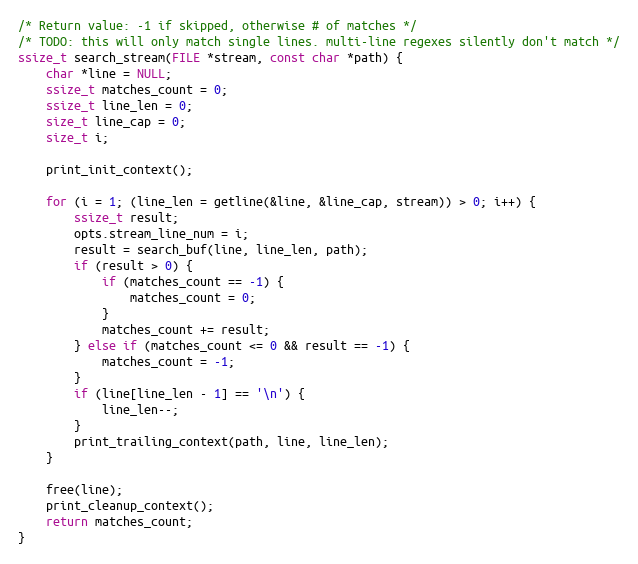
Language: C
/* Return value: -1 if skipped, otherwise # of matches */
/* TODO: this will only match single lines. multi-line regexes silently don't match */
ssize_t search_stream(FILE *stream, const char *path) {
    char *line = NULL;
    ssize_t matches_count = 0;
    ssize_t line_len = 0;
    size_t line_cap = 0;
    size_t i;

    print_init_context();

    for (i = 1; (line_len = getline(&line, &line_cap, stream)) > 0; i++) {
        ssize_t result;
        opts.stream_line_num = i;
        result = search_buf(line, line_len, path);
        if (result > 0) {
            if (matches_count == -1) {
                matches_count = 0;
            }
            matches_count += result;
        } else if (matches_count <= 0 && result == -1) {
            matches_count = -1;
        }
        if (line[line_len - 1] == '\n') {
            line_len--;
        }
        print_trailing_context(path, line, line_len);
    }

    free(line);
    print_cleanup_context();
    return matches_count;
}